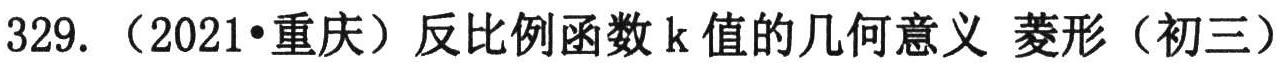
329.（2021•重庆）反比例函数\(k\)值的几何意义 菱形（初三）